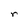
Character: r